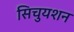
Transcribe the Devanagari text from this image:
सिचुयशन